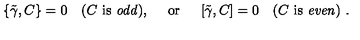
\left\{ \tilde { \gamma } , C \right\} = 0 \quad ( C \ \mathrm { i s \ { \it o d d } } ) , \quad \ \mathrm { o r } \ \quad \left[ \tilde { \gamma } , C \right] = 0 \quad ( C \ \mathrm { i s \ { \it e v e n } } ) \ .